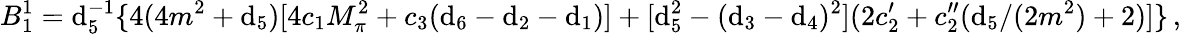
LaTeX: B_{1}^{1}=\mathrm{d}_{5}^{-1}\{ 4(4m^{2}+\mathrm{d}_{5})[4c_{1}M_{\pi}^{2}+c_{3}(\mathrm{d}_{6}-\mathrm{d}_{2}-\mathrm{d}_{1})]+[\mathrm{d}_{5}^{2}-(\mathrm{d}_{3}-\mathrm{d}_{4})^{2}](2c_{2}^{\prime}+c_{2}^{\prime\prime}(\mathrm{d}_{5}/(2m^{2})+2)]\} \, ,